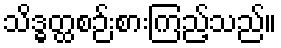
သိဒ္ဓတ္ထစဉ်းစားကြည့်သည်။